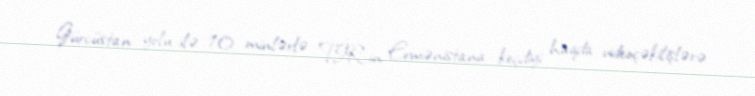
Gürcüstan yolu ilə 10 minlərlə TİR-in Ermənistana keçdiyi haqda videoçəkilişlərə